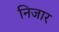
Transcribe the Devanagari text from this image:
निजार